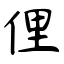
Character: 俚